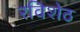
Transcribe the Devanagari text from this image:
रविशेठ